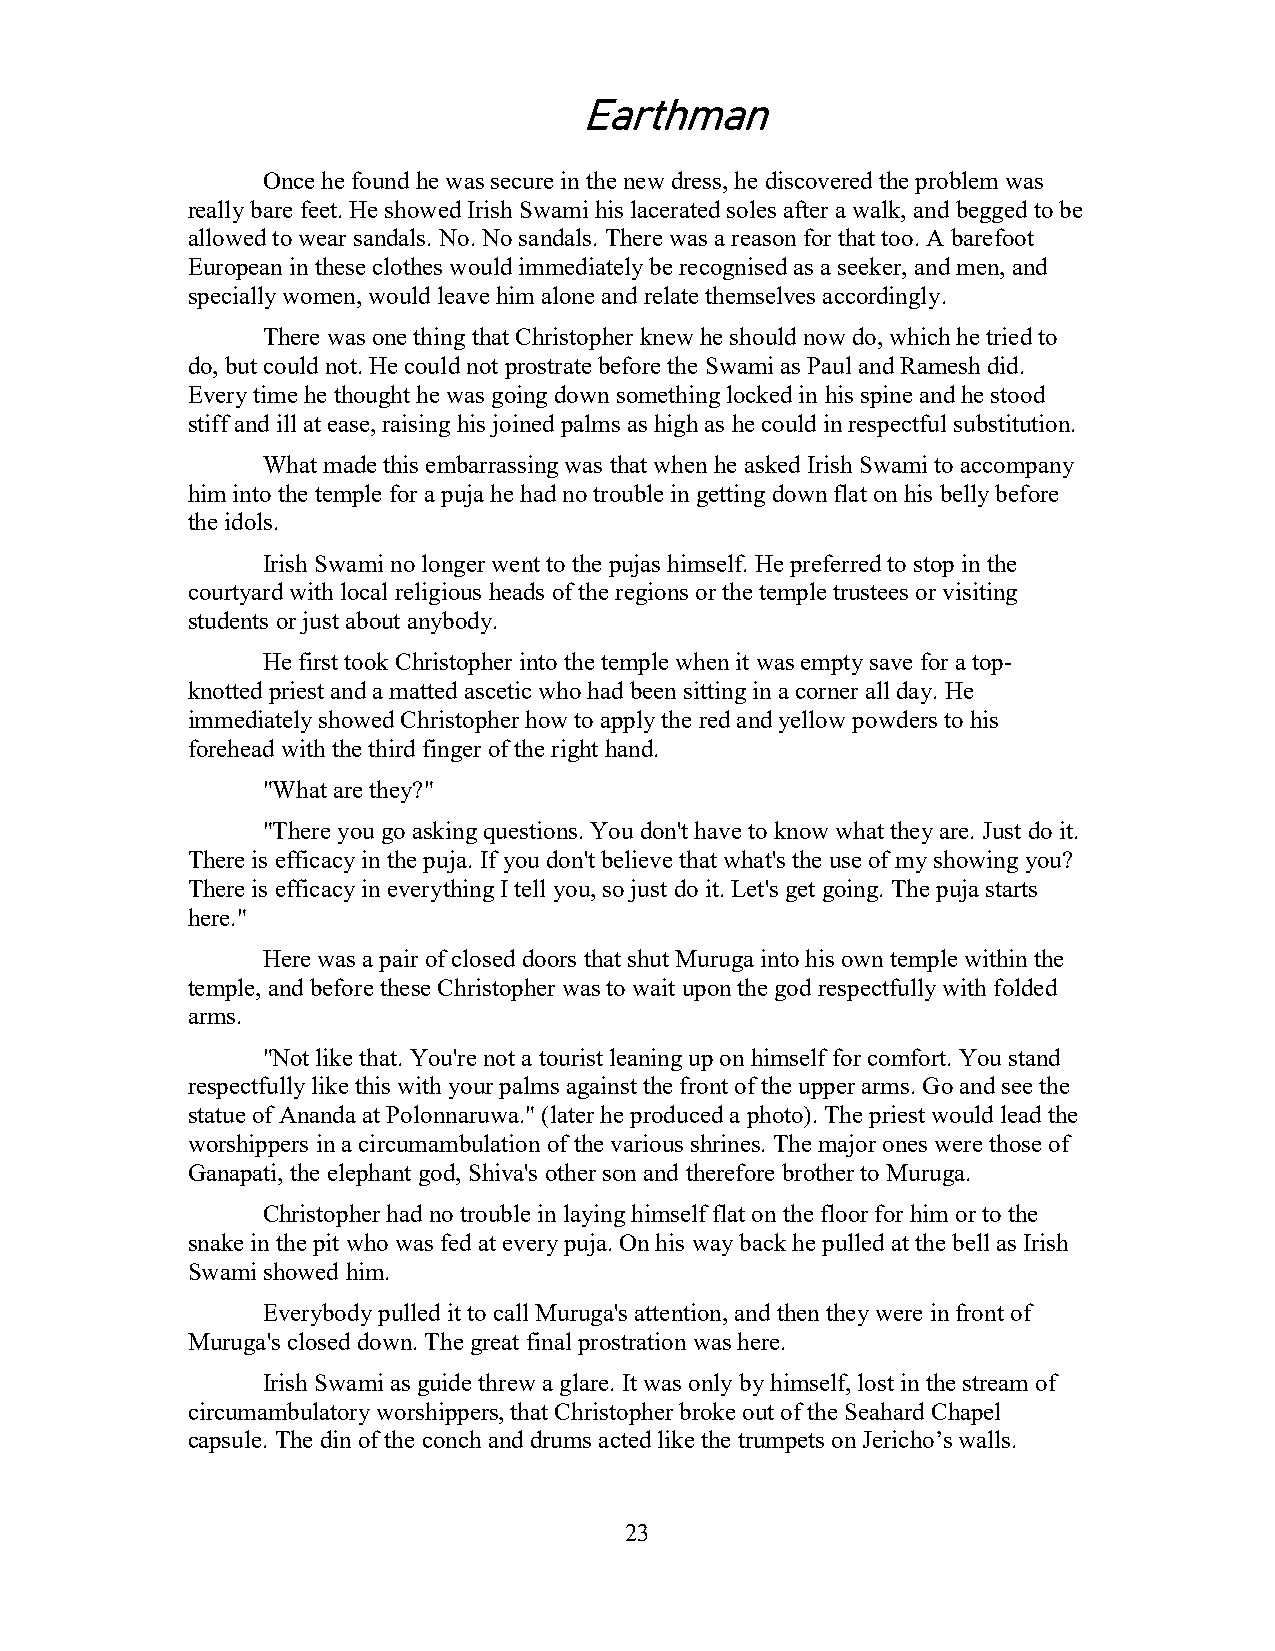
Earthman
 Once he found he was secure in the new dress, he discovered the problem was
 really bare feet. He showed Irish Swami his lacerated soles after a walk, and begged to be
 allowed to wear sandals. No. No sandals. There was a reason for that too. A barefoot
 European in these clothes would immediately be recognised as a seeker, and men, and
 specially women, would leave him alone and relate themselves accordingly.
 There was one thing that Christopher knew he should now do, which he tried to
 do, but could not. He could not prostrate before the Swami as Paul and Ramesh did.
 Every time he thought he was going down something locked in his spine and he stood
 stiff and ill at ease, raising his joined palms as high as he could in respectful substitution.
 What made this embarrassing was that when he asked Irish Swami to accompany
 him into the temple for a puja he had no trouble in getting down flat on his belly before
 the idols.
 Irish Swami no longer went to the pujas himself. He preferred to stop in the
 courtyard with local religious heads of the regions or the temple trustees or visiting
 students or just about anybody.
 He first took Christopher into the temple when it was empty save for a top-
 knotted priest and a matted ascetic who had been sitting in a corner all day. He
 immediately showed Christopher how to apply the red and yellow powders to his
 forehead with the third finger of the right hand.
 "What are they?"
 "There you go asking questions. You don't have to know what they are. Just do it.
 There is efficacy in the puja. If you don't believe that what's the use of my showing you?
 There is efficacy in everything I tell you, so just do it. Let's get going. The puja starts
 here."
 Here was a pair of closed doors that shut Muruga into his own temple within the
 temple, and before these Christopher was to wait upon the god respectfully with folded
 arms.
 "Not like that. You're not a tourist leaning up on himself for comfort. You stand
 respectfully like this with your palms against the front of the upper arms. Go and see the
 statue of Ananda at Polonnaruwa." (later he produced a photo). The priest would lead the
 worshippers in a circumambulation of the various shrines. The major ones were those of
 Ganapati, the elephant god, Shiva's other son and therefore brother to Muruga.
 Christopher had no trouble in laying himself flat on the floor for him or to the
 snake in the pit who was fed at every puja. On his way back he pulled at the bell as Irish
 Swami showed him.
 Everybody pulled it to call Muruga's attention, and then they were in front of
 Muruga's closed down. The great final prostration was here.
 Irish Swami as guide threw a glare. It was only by himself, lost in the stream of
 circumambulatory worshippers, that Christopher broke out of the Seahard Chapel
 capsule. The din of the conch and drums acted like the trumpets on Jericho’s walls.
 23